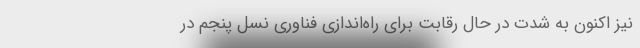
نیز اکنون به شدت در حال رقابت برای راه‌اندازی فناوری نسل پنجم در